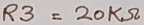
Text: R3=20KΩ